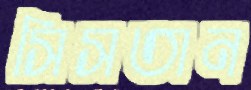
সিসতান